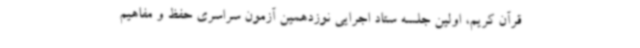
قرآن کریم، اولین جلسه ستاد اجرایی نوزدهمین آزمون سراسری حفظ و مفاهیم